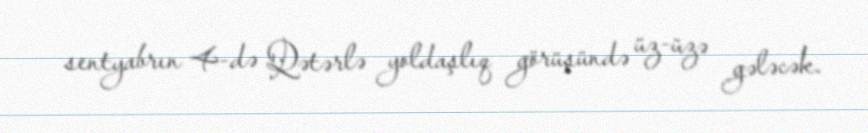
sentyabrın 4-də Qətərlə yoldaşlıq görüşündə üz-üzə gələcək.